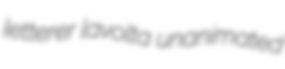
letterer lavolta unanimated